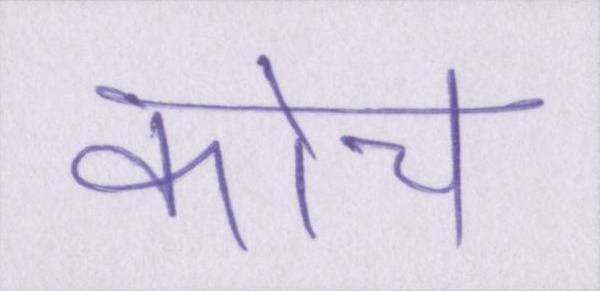
कोच